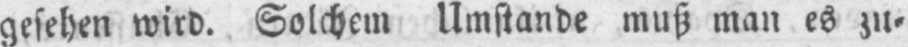
gesehen wird. Solchem Umstande muß man es zu⸗